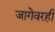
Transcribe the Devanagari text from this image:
जागेवरही